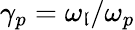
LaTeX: \gamma_{p}=\omega_{\mathfrak{l}}/\omega_{p}